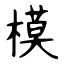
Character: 模